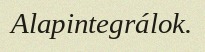
Alapintegrálok.